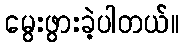
မွေးဖွားခဲ့ပါတယ်။